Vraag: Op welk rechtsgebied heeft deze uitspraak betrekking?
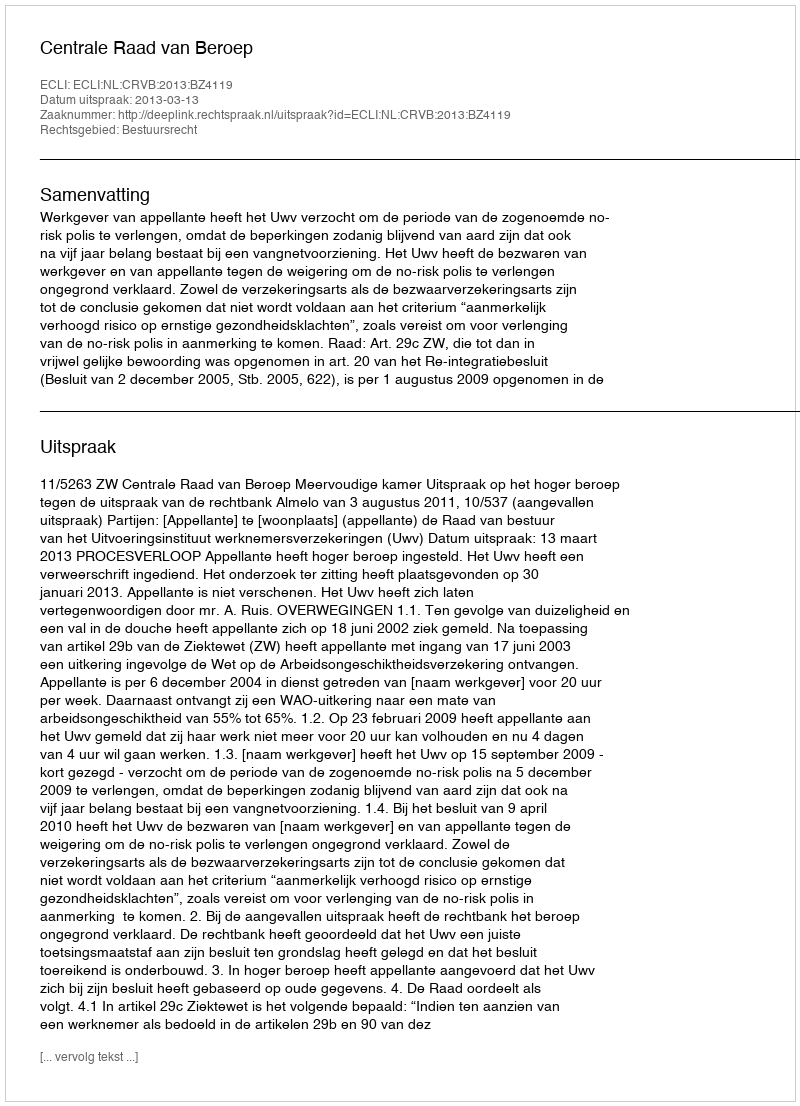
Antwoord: Bestuursrecht